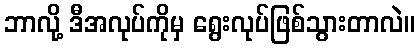
ဘာလို့ ဒီအလုပ်ကိုမှ ရွေးလုပ်ဖြစ်သွားတာလဲ။